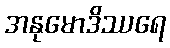
အနုမောဒိဿရေ